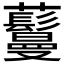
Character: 𬟦